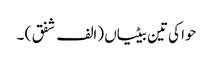
حوا کی تین بیٹیاں (الف شفق ) ۔